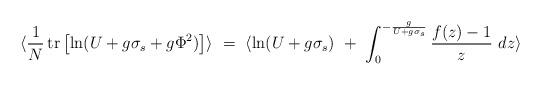
LaTeX: \begin{align*}\langle{1 \over N}\,\makebox{tr}\left[\ln (U + g \sigma_s + g \Phi^2)\right]\rangle\ =\ \langle\ln(U + g \sigma_s)\ +\ \int_0^{-{g \over U + g \sigma_s}} {f(z) - 1 \over z}\ dz\rangle\end{align*}